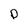
Character: p